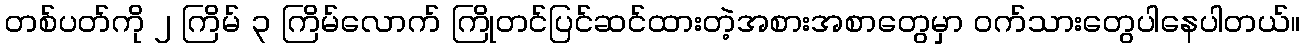
တစ်ပတ်ကို ၂ ကြိမ် ၃ ကြိမ်လောက် ကြိုတင်ပြင်ဆင်ထားတဲ့အစားအစာတွေမှာ ဝက်သားတွေပါနေပါတယ်။